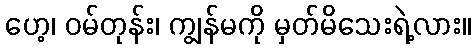
ဟေ့၊ ဝမ်တုန်း၊ ကျွန်မကို မှတ်မိသေးရဲ့လား။